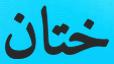
ختان